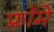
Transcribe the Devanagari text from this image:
फ्रॉमे